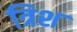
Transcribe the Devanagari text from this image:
त्रिश